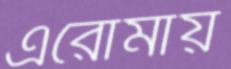
এরোমায়